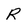
Character: R